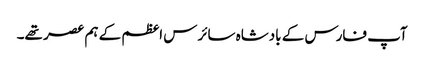
آپ فارس کے بادشاہ سائرس اعظم کے ہم عصر تھے۔